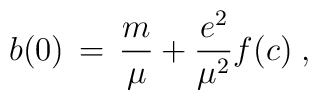
b(0) \,=\, \frac{m}{\mu} + \frac{e^2}{\mu^2} f(c) \;,